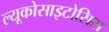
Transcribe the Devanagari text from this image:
ल्यूकोसाइटोसिस